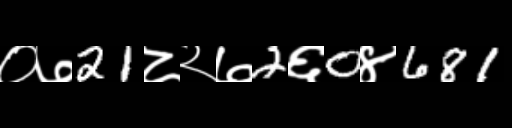
Text: ०७21८२७2६0४681